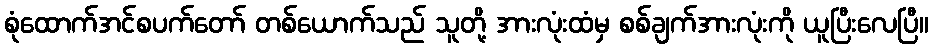
စုံထောက်အင်စပက်တော် တစ်ယောက်သည် သူတို့ အားလုံးထံမှ စစ်ချက်အားလုံးကို ယူပြီးလေပြီ။